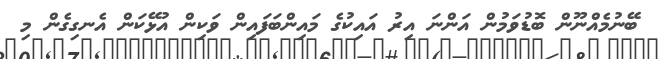
ބޭނުމެއްނޫން ބޮޑުވަމުން އަންނަ އިރު އައިކުގެ މައިންބަފައިން ވަކިން އުޅޭކަން އެނގިގެން މި